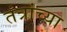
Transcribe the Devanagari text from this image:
तंत्रांच्या